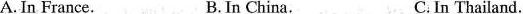
A.In France. B.In China. C. In Thailand.